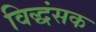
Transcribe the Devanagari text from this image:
विद्धंसक